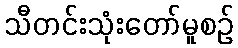
သီတင်းသုံးတော်မူစဉ်